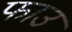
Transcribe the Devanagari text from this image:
फाउ